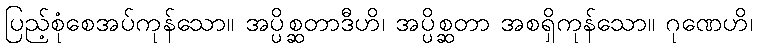
ပြည့်စုံစေအပ်ကုန်သော။ အပ္ပိစ္ဆတာဒီဟိ၊ အပ္ပိစ္ဆတာ အစရှိကုန်သော။ ဂုဏေဟိ၊